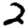
Digit: 2